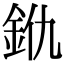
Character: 𨥐